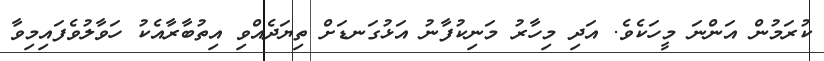
ކުރަމުން އަންނަ މީހަކެވެ. އަދި މިހާރު މަނިކުފާނު އަޅުގަނޑަށް ތިޔަދެއްވި އިތުބާރާއެކު ހަވާލުވެފައިމިވާ